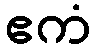
ဧကံ